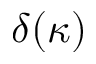
\displaystyle \delta ( \kappa )